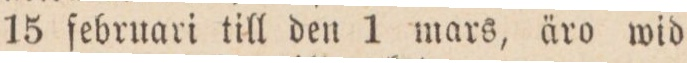
15 februari till den 1 mars, äro wid